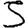
Digit: 5